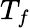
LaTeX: T_{f}